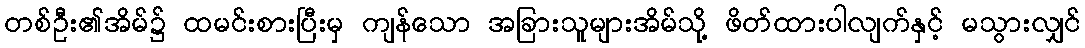
တစ်ဦး၏အိမ်၌ ထမင်းစားပြီးမှ ကျန်သော အခြားသူများအိမ်သို့ ဖိတ်ထားပါလျက်နှင့် မသွားလျှင်